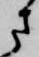
さ